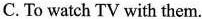
C. To watch TV with them.